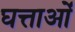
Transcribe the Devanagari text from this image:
घत्ताओं